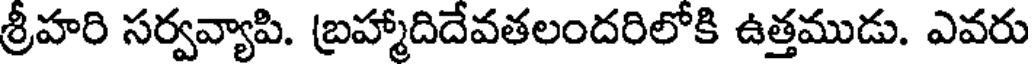
శ్రీహరి సర్వవ్యాపి. బ్రహ్మాదిదేవతలందరిలోకి ఉత్తముడు. ఎవరు